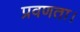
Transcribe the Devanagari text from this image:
प्रवणता।